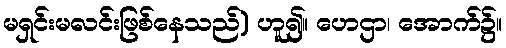
မရှင်းမလင်းဖြစ်နေသည်) ဟူ၍။ ဟေဌာ၊ အောက်၌။